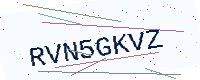
Text: RVN5GKVZ